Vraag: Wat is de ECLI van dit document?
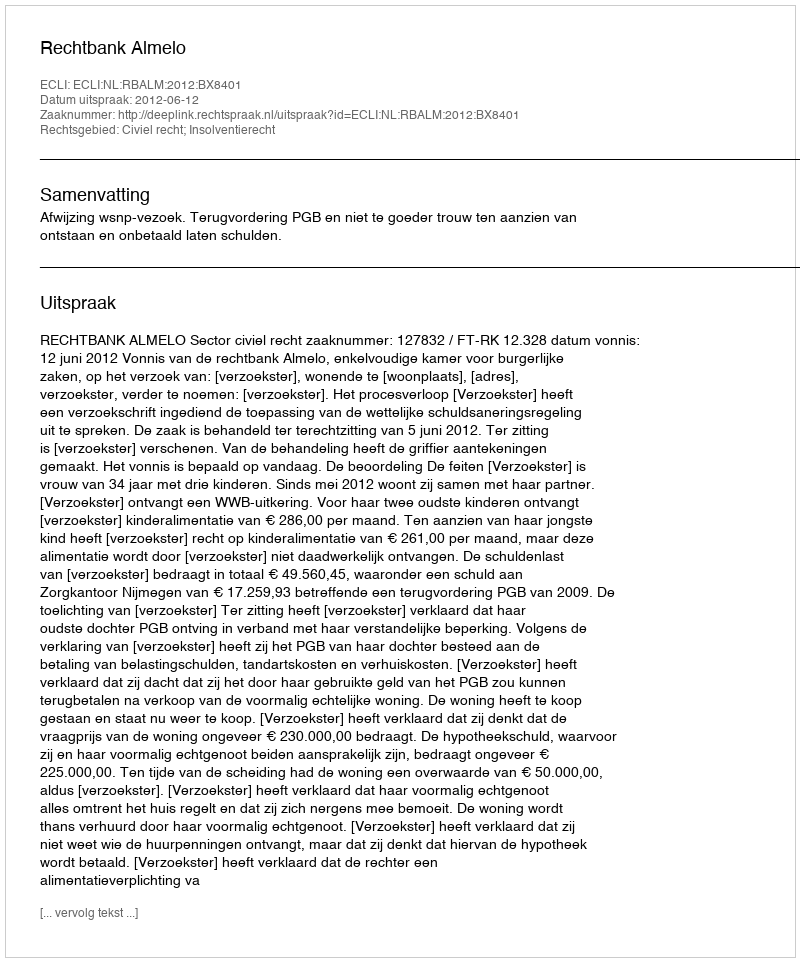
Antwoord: ECLI:NL:RBALM:2012:BX8401